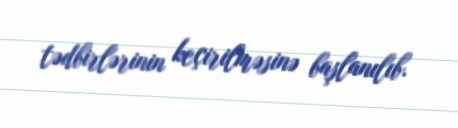
tədbirlərinin keçirilməsinə başlanılıb.